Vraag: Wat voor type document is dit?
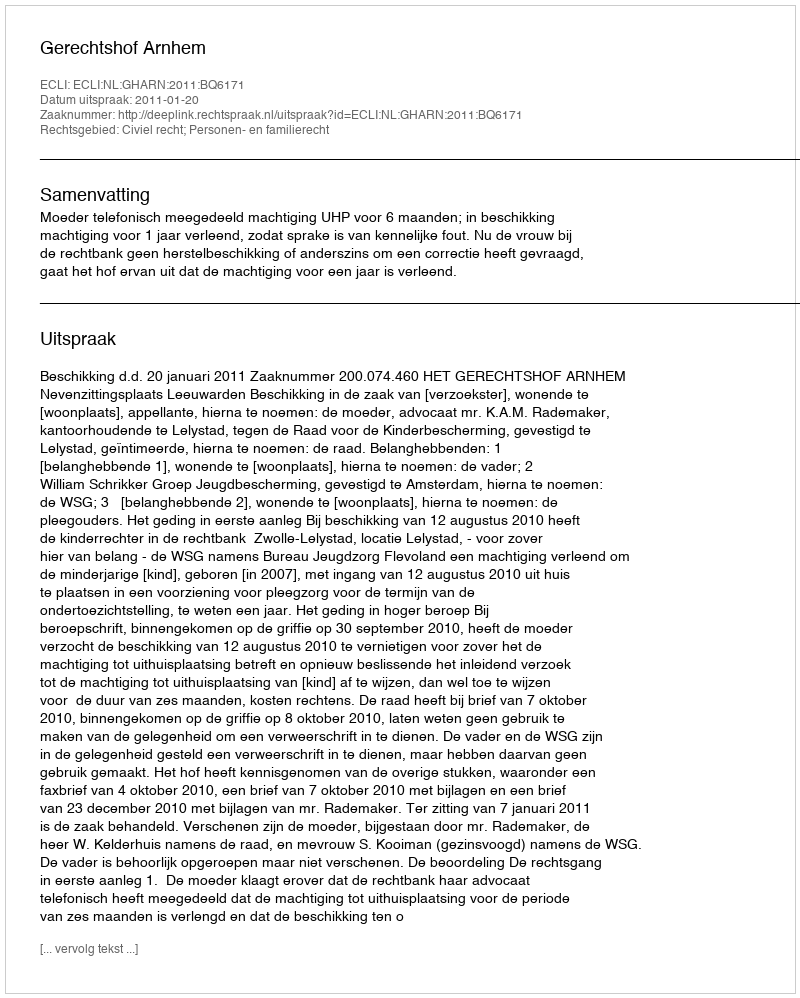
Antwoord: Uitspraak